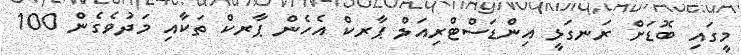
މީގައި ބޮޑަށް ރަނގަޅީ އިންޑަސްޓްރިއަލް ޕާރކް އެހެން ޕާރކް ތަކާއި މަދުވެގެން 100